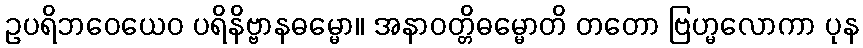
ဥပရိဘဝေယေဝ ပရိနိဗ္ဗာနဓမ္မော။ အနာဝတ္တိဓမ္မောတိ တတော ဗြဟ္မလောကာ ပုန